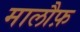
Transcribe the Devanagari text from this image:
मालौफ़